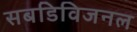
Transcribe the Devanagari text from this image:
सबडिविजनल